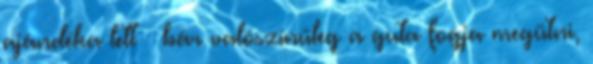
ajándéka lett – bár valószínűleg a guta fogja megütni,